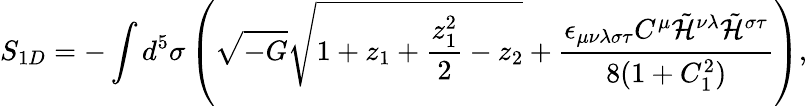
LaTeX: S_{1D}=-\int d^{5}\sigma\left(\sqrt{-G}\sqrt{1+z_{1}+\frac{z_{1}^{2}}{2}-z_{2}}+\frac{\epsilon_{\mu\nu\lambda\sigma\tau}C^{\mu}\tilde{\cal H}^{\nu\lambda}\tilde{\cal H}^{\sigma\tau}}{8(1+C_{1}^{2})}\right),